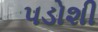
પડોશી